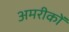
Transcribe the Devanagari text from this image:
अमरीकों